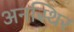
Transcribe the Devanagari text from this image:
अनस्थिर